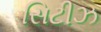
સિટીઝ